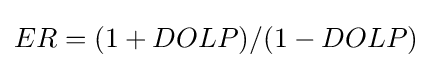
ER=(1+DOLP)/(1-DOLP)